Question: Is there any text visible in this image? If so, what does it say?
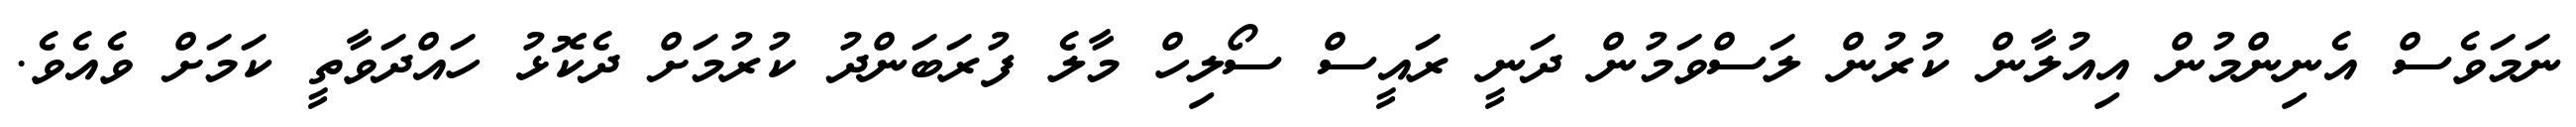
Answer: ނަމަވެސް އެނިންމުން އިއުލާން ކުރުން ލަސްވަމުން ދަނީ ރައީސް ސޯލިހް މާލެ ފުރަބަންދު ކުރުމަށް ދެކޮޅު ހައްދަވާތީ ކަމަށް ވެއެވެ.